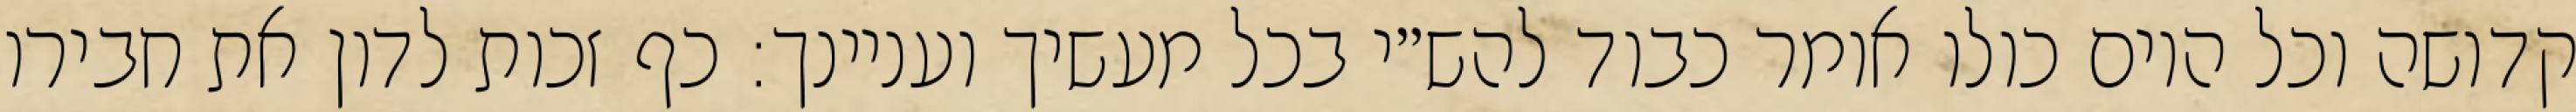
קדושה וכל היום כולו אומר כבוד להש״י בכל מעשיך ועניינך: כף זכות לדון את חבירו